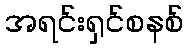
အရင်းရှင်စနစ်